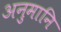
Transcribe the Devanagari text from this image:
अनुमानि